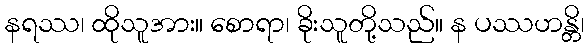
နရဿ၊ ထိုသူအား။ စောရာ၊ ခိုးသူတို့သည်။ န ပဿဟန္တိ၊